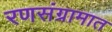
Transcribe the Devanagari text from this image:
रणसंग्रामात